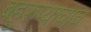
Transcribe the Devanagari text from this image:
बहुरुप्याचाच